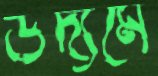
উদ্যমে